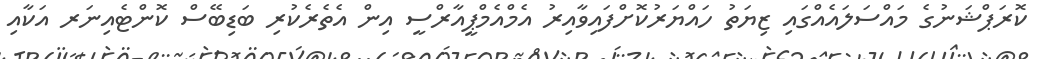
ކޮރަޕްޝަނުގެ މައްސަލައެއްގައި ޒިޔަތު ހައްޔަރުކޮށްފައިވާއިރު އެމްއެމްޕީއާރްސީ އިން އެތެރެކުރި ބަޑިބޭސް ކޮންޓެއިނަރ އަކާއި